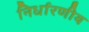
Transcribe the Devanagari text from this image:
निर्धारणीय